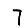
Digit: 7